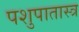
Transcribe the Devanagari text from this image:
पशुपातास्त्र